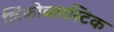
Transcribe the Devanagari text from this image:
लिंफोब्लास्टिक